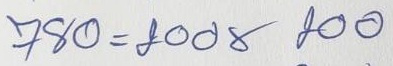
780 = 200 x 200